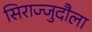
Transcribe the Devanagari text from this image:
सिराज्जुदौला